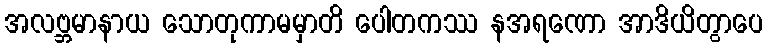
အလဗ္ဘမာနာယ သောတုကာမမှာတိ ပေါတကဿ နအရဏော အာဒိယိတွာပေ